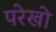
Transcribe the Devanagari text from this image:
परेखो